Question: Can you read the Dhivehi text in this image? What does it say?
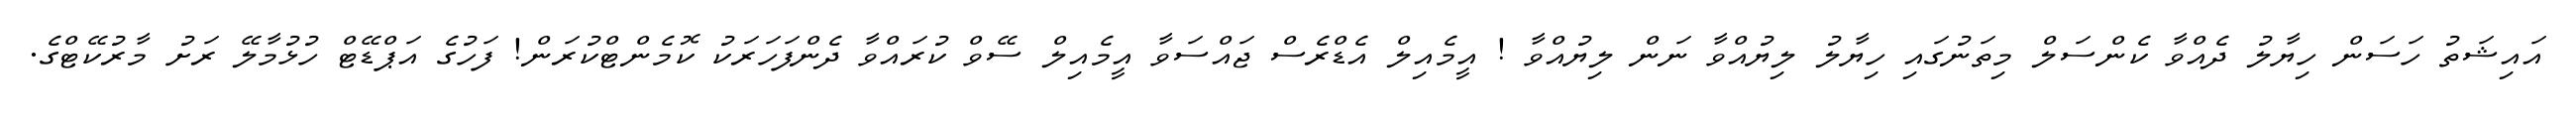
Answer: އައިޝަތު ހަސަން ހިޔާލު ދެއްވާ ކެންސަލް މިތަނުގައި ހިޔާލު ލިޔުއްވާ ނަން ލިޔުއްވާ ! އީމެއިލް އެޑްރެސް ޖައްސަވާ އީމެއިލް ސޭވް ކުރައްވާ ދެންފަހަރަކު ކޮމެންޓްކުރަން! ފަހުގެ އަޕްޑޭޓް ހުޅުމާލޭ ރަށު މާރުކޭޓްގެ.